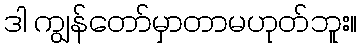
ဒါ ကျွန်တော်မှာတာမဟုတ်ဘူး။